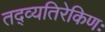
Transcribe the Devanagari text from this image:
तद्व्यतिरेकिणः